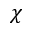
\boldsymbol { \chi }